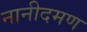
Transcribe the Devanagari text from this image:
नानीदमण